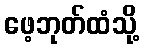
ဖေ့ဘုတ်ထံသို့